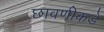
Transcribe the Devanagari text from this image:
छावणीकडे